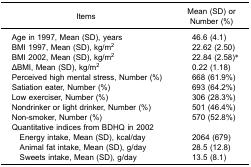
| Items | Mean (SD) or Number (%) |
 | --- | --- |
 | Age in 1997, Mean (SD), years | 46.6 (4.1) |
 | BMI 1997, Mean (SD), kg/m2 | 22.62 (2.50) |
 | BMI 2002, Mean (SD), kg/m2 | 22.84 (2.58)* |
 | ΔBMI, Mean (SD), kg/m2 | 0.22 (1.18) |
 | Perceived high mental stress, Number (%) | 668 (61.9%) |
 | Satiation eater, Number (%) | 693 (64.2%) |
 | Low exerciser, Number (%) | 306 (28.3%) |
 | Nondrinker or light drinker, Number (%) | 501 (46.4%) |
 | Non-smoker, Number (%) | 570 (52.8%) |
 | Quantitative indices from BDHQ in 2002 |  |
 | Energy intake, Mean (SD), kcal/day | 2064 (679) |
 | Animal fat intake, Mean (SD), g/day | 28.5 (12.8) |
 | Sweets intake, Mean (SD), g/day | 13.5 (8.1) |